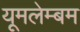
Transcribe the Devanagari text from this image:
यूमलेम्बम